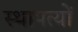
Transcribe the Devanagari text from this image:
स्थापत्यों